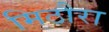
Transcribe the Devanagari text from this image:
मिठौरा